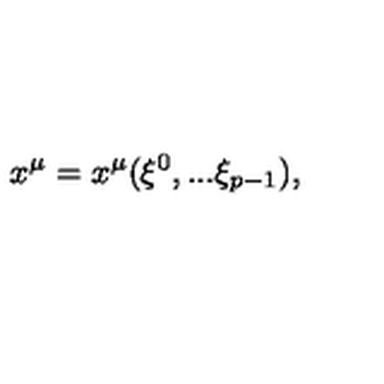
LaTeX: x ^ { \mu } = x ^ { \mu } ( \xi ^ { 0 } , . . . \xi _ { p - 1 } ) ,